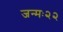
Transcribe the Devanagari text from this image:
जन्मः२२